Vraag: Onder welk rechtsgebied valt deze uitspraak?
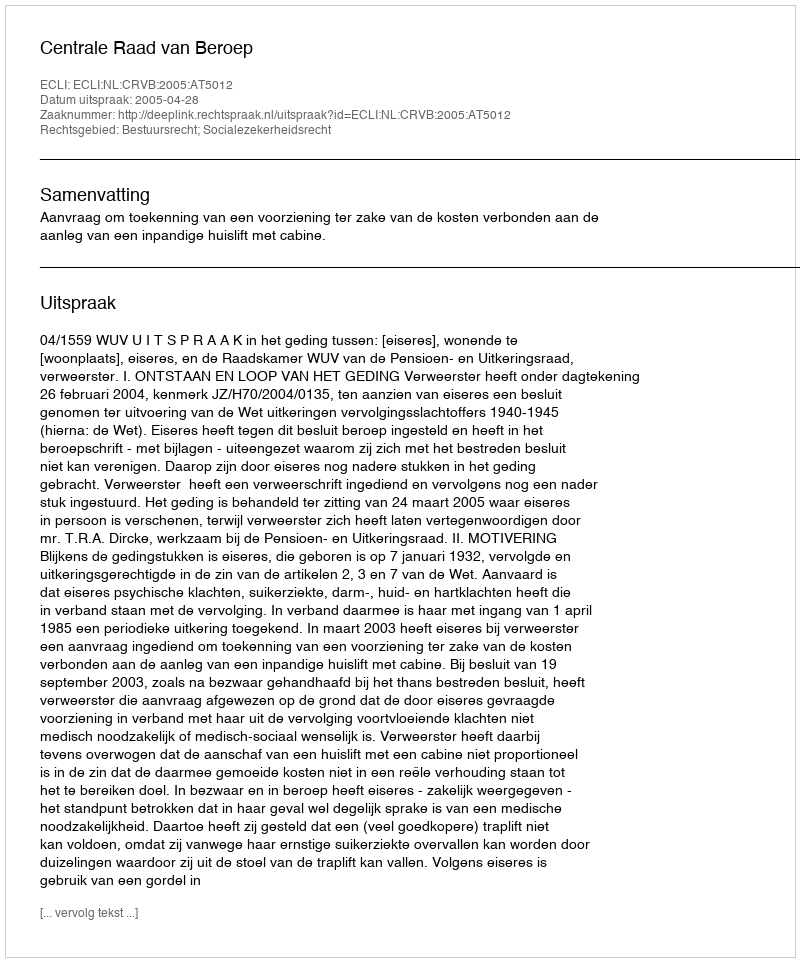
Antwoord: Bestuursrecht; Socialezekerheidsrecht